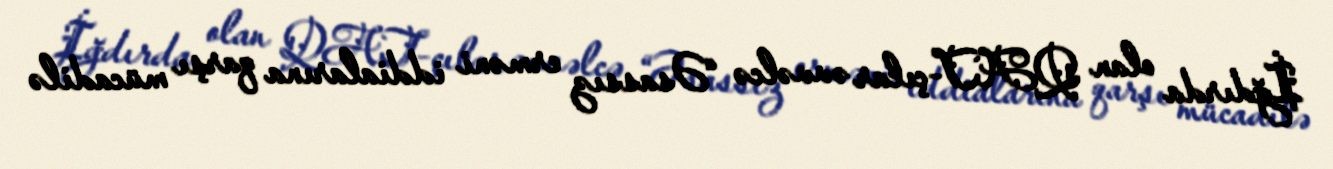
İğdırda olan QAT-çılar əvvəlcə “Əsassız erməni iddialarına qarşı mücadilə